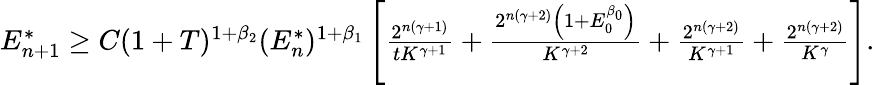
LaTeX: \begin{array}{r}{E_{n+1}^{*}\geq C(1+T)^{1+\beta_{2}}(E_{n}^{*})^{1+\beta_{1}}\left[\frac{2^{n(\gamma+1)}}{tK^{\gamma+1}}+\frac{2^{n(\gamma+2)}\left(1+E_{0}^{\beta_{0}}\right)}{K^{\gamma+2}}+\frac{2^{n(\gamma+2)}}{K^{\gamma+1}}+\frac{2^{n(\gamma+2)}}{K^{\gamma}}\right].}\end{array}